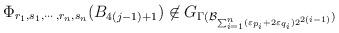
LaTeX: \begin{align*}\Phi_{r_1, s_1, \cdots, r_n, s_n}(B_{4(j-1) +1}) \not\in G_{\Gamma(\mathcal{B}_{\sum_{i=1}^n(\varepsilon_{p_i} + 2 \varepsilon_{q_i}) 2^{2(i-1)}})}\end{align*}